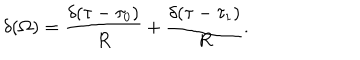
LaTeX: \delta ( \Omega ) = { \frac { \delta ( \tau - \tau _ { 0 } ) } { R } } + { \frac { \delta ( \tau - \tau _ { 1 } ) } { R } } .